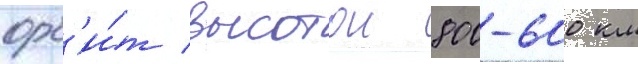
орб'и́т высотои 800-600 км